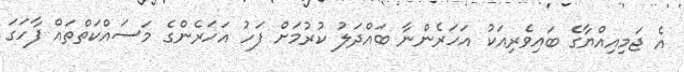
އެ ޖަމިއިއްޔާގެ ބައިވެރިއަކު އަހަރެންނާ ބައްދަލު ކުރުމަށް ފަހު އަހަރެންގެ މަސައްކަތްތައް ފާހަގަ